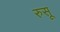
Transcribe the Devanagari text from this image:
रुसू